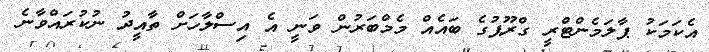
އެކަމަކު ޕާލަމެންޓްރީ ގްރޫޕުގެ ބައެއް މެމްބަރުން ވަނީ އެ އިސްލާހަށް ތާއީދު ނުކުރައްވާނެ